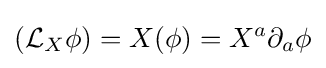
({\mathcal {L}}_{X}\phi )=X(\phi )=X^{a}\partial _{a}\phi